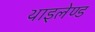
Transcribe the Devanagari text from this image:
थाइलेण्ड